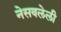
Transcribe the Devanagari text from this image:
नेसवलेली